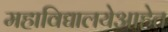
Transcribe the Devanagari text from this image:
महाविद्यालयेआहेत